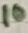
Text: 10